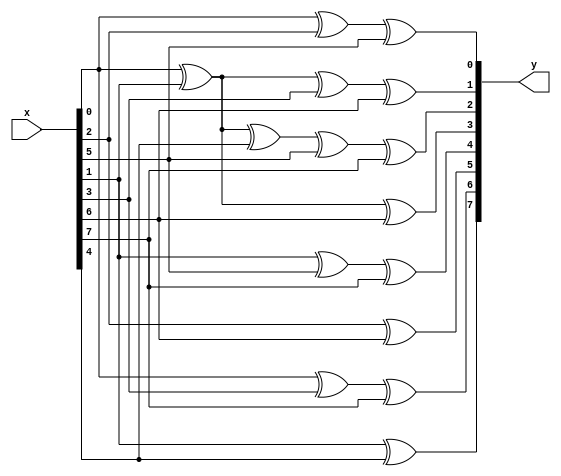
/*****************************************************/
// name    :rscode.v
// edit by : luk
// function:GF
// 
//  
//
//
/****************************************************/

// g0 = 79
module rs_enc_m0(y,x);
output	[7:0]	y;
input	[7:0]	x;
reg		[7:0]	y;

always@(x)
begin
	y[0] = x[0] ^ x[2] ^ x[5];
	y[1] = x[0] ^ x[1] ^ x[3] ^ x[6];
	y[2] = x[0] ^ x[1] ^ x[4] ^ x[5] ^ x[7];
	y[3] = x[0] ^ x[1] ^ x[6];
	y[4] = x[1] ^ x[5] ^ x[7];
	y[5] = x[2] ^ x[6];
	y[6] = x[0] ^ x[3] ^ x[7];
	y[7] = x[1] ^ x[4];
end
endmodule


//g1 = 44
module rs_enc_m1(y,x);
output	[7:0]	y;
input	[7:0]	x;
reg		[7:0]	y;

always@(x)
begin
   y[0] = x[3] ^ x[5] ^ x[6] ^ x[7];
   y[1] = x[4] ^ x[6] ^ x[7];
   y[2] = x[0] ^ x[3] ^ x[6];
   y[3] = x[0] ^ x[1] ^ x[3] ^ x[4] ^ x[5] ^ x[6];
   y[4] = x[1] ^ x[2] ^ x[3] ^ x[4];
   y[5] = x[0] ^ x[2] ^ x[3] ^ x[4] ^ x[5];
   y[6] = x[1] ^ x[3] ^ x[4] ^ x[5] ^ x[6];
   y[7] = x[2] ^ x[4] ^ x[5] ^ x[6] ^ x[7];
/*	y[0] = x[3] ^ x[5] ^ x[6] ^ x[7];
	y[1] = x[4] ^ x[7] ^ x[6];
	y[2] = x[0] ^ x[3] ^ x[6];// ^ x[5] ^ x[7];
	y[3] = x[0] ^ x[1] ^ x[3] ^ x[4] ^ x[5] ^ x[6];
	y[4] = x[1] ^ x[5] ^ x[7];
	y[5] = x[2] ^ x[6];
	y[6] = x[0] ^ x[3] ^ x[7];
	y[7] = x[1] ^ x[4];    */
end
endmodule


// g2 = 81
module rs_enc_m2(y,x);
output	[7:0]	y;
input	[7:0]	x;
reg		[7:0]	y;

always@(x)
begin
   y[0] = x[0] ^ x[2] ^ x[4] ^ x[6] ^ x[7];
   y[1] = x[1] ^ x[3] ^ x[5] ^ x[7];
   y[2] = x[7];
   y[3] = x[2] ^ x[4] ^ x[6] ^ x[7];
   y[4] = x[0] ^ x[2] ^ x[3] ^ x[4] ^ x[5] ^ x[6];
   y[5] = x[1] ^ x[3] ^ x[4] ^ x[5] ^ x[6] ^ x[7];
   y[6] = x[0] ^ x[2] ^ x[4] ^ x[5] ^ x[6] ^ x[7];
   y[7] = x[1] ^ x[3] ^ x[5] ^ x[6] ^ x[7];
end
endmodule


// g3 = 100 
module rs_enc_m3(y,x);
output	[7:0]	y;
input	[7:0]	x;
reg		[7:0]	y;

always@(x)
begin
   y[0] = x[2] ^ x[3];
   y[1] = x[3] ^ x[4];
   y[2] = x[0] ^ x[2] ^ x[3] ^ x[4] ^ x[5];
   y[3] = x[1] ^ x[2] ^ x[4] ^ x[5] ^ x[6];
   y[4] = x[5] ^ x[6] ^ x[7];
   y[5] = x[0] ^ x[6] ^ x[7];
   y[6] = x[0] ^ x[1] ^ x[7];
   y[7] = x[1] ^ x[2];
end
endmodule


// g4 = 49
module rs_enc_m4(y,x);
output	[7:0]	y;
input	[7:0]	x;
reg		[7:0]	y;

always@(x)
begin
   y[0] = x[0] ^ x[3] ^ x[4] ^ x[7];
   y[1] = x[1] ^ x[4] ^ x[5];
   y[2] = x[2] ^ x[3] ^ x[4] ^ x[5] ^ x[6] ^ x[7];
   y[3] = x[5] ^ x[6];
   y[4] = x[0] ^ x[3] ^ x[4] ^ x[6];
   y[5] = x[0] ^ x[1] ^ x[4] ^ x[5] ^ x[7];
   y[6] = x[1] ^ x[2] ^ x[5] ^ x[6];
   y[7] = x[2] ^ x[3] ^ x[6] ^ x[7];
end
endmodule


// g5 = 183
module rs_enc_m5(y,x);
output	[7:0]	y;
input	[7:0]	x;
reg		[7:0]	y;

always@(x)
begin
   y[0] = x[0] ^ x[1] ^ x[3] ^ x[4] ^ x[5] ^ x[7];
   y[1] = x[0] ^ x[1] ^ x[2] ^ x[4] ^ x[5] ^ x[6];
   y[2] = x[0] ^ x[2] ^ x[4] ^ x[6];
   y[3] = x[4];
   y[4] = x[0] ^ x[1] ^ x[3] ^ x[4] ^ x[7];
   y[5] = x[0] ^ x[1] ^ x[2] ^ x[4] ^ x[5];
   y[6] = x[1] ^ x[2] ^ x[3] ^ x[5] ^ x[6];
   y[7] = x[0] ^ x[2] ^ x[3] ^ x[4] ^ x[6] ^ x[7];
end
endmodule


// g6 = 56
module rs_enc_m6(y,x);
output	[7:0]	y;
input	[7:0]	x;
reg		[7:0]	y;

always@(x)
begin
   y[0] = x[3] ^ x[4] ^ x[5] ^ x[7];
   y[1] = x[4] ^ x[5] ^ x[6];
   y[2] = x[3] ^ x[4] ^ x[6];
   y[3] = x[0] ^ x[3];
   y[4] = x[0] ^ x[1] ^ x[3] ^ x[5] ^ x[7];
   y[5] = x[0] ^ x[1] ^ x[2] ^ x[4] ^ x[6];
   y[6] = x[1] ^ x[2] ^ x[3] ^ x[5] ^ x[7];
   y[7] = x[2] ^ x[3] ^ x[4] ^ x[6];

end
endmodule

// g7 = 17
module rs_enc_m7(y,x);
output	[7:0]	y;
input	[7:0]	x;
reg		[7:0]	y;

always@(x)
begin
   y[0] = x[0] ^ x[4];
   y[1] = x[1] ^ x[5];
   y[2] = x[2] ^ x[4] ^ x[6];
   y[3] = x[3] ^ x[4] ^ x[5] ^ x[7];
   y[4] = x[0] ^ x[5] ^ x[6];
   y[5] = x[1] ^ x[6] ^ x[7];
   y[6] = x[2] ^ x[7];
   y[7] = x[3];
end
endmodule


// g8 = 232
module rs_enc_m8(y,x);
output	[7:0]	y;
input	[7:0]	x;
reg		[7:0]	y;

always@(x)
begin
   y[0] = x[1] ^ x[2] ^ x[3] ^ x[7];
   y[1] = x[2] ^ x[3] ^ x[4];
   y[2] = x[1] ^ x[2] ^ x[4] ^ x[5] ^ x[7];
   y[3] = x[0] ^ x[1] ^ x[5] ^ x[6] ^ x[7];
   y[4] = x[3] ^ x[6];
   y[5] = x[0] ^ x[4] ^ x[7];
   y[6] = x[0] ^ x[1] ^ x[5];
   y[7] = x[0] ^ x[1] ^ x[2] ^ x[6];
end
endmodule


// g9 = 187
module rs_enc_m9(y,x);
output	[7:0]	y;
input	[7:0]	x;
reg		[7:0]	y;

always@(x)
begin
   y[0] = x[0] ^ x[1] ^ x[3] ^ x[4] ^ x[6] ^ x[7];
   y[1] = x[0] ^ x[1] ^ x[2] ^ x[4] ^ x[5] ^ x[7];
   y[2] = x[2] ^ x[4] ^ x[5] ^ x[7];
   y[3] = x[0] ^ x[1] ^ x[4] ^ x[5] ^ x[7];
   y[4] = x[0] ^ x[2] ^ x[3] ^ x[4] ^ x[5] ^ x[7];
   y[5] = x[0] ^ x[1] ^ x[3] ^ x[4] ^ x[5] ^ x[6];
   y[6] = x[1] ^ x[2] ^ x[4] ^ x[5] ^ x[6] ^ x[7];
   y[7] = x[0] ^ x[2] ^ x[3] ^ x[5] ^ x[6] ^ x[7];
end
endmodule


// g10 = 126 
module rs_enc_m10(y,x);
output	[7:0]	y;
input	[7:0]	x;
reg		[7:0]	y;

always@(x)
begin
   y[0] = x[2] ^ x[3] ^ x[4] ^ x[5] ^ x[7];
   y[1] = x[0] ^ x[3] ^ x[4] ^ x[5] ^ x[6];
   y[2] = x[0] ^ x[1] ^ x[2] ^ x[3] ^ x[6];
   y[3] = x[0] ^ x[1] ^ x[5];
   y[4] = x[0] ^ x[1] ^ x[3] ^ x[4] ^ x[5] ^ x[6] ^ x[7];
   y[5] = x[0] ^ x[1] ^ x[2] ^ x[4] ^ x[5] ^ x[6] ^ x[7];
   y[6] = x[0] ^ x[1] ^ x[2] ^ x[3] ^ x[5] ^ x[6] ^ x[7];
   y[7] = x[1] ^ x[2] ^ x[3] ^ x[4] ^ x[6] ^ x[7];
end
endmodule


// g11 = 104
module rs_enc_m11(y,x);
output	[7:0]	y;
input	[7:0]	x;
reg		[7:0]	y;

always@(x)
begin
   y[0] = x[2] ^ x[3] ^ x[5] ^ x[6];
   y[1] = x[3] ^ x[4] ^ x[6] ^ x[7];
   y[2] = x[2] ^ x[3] ^ x[4] ^ x[6] ^ x[7];
   y[3] = x[0] ^ x[2] ^ x[4] ^ x[6] ^ x[7];
   y[4] = x[1] ^ x[2] ^ x[6] ^ x[7];
   y[5] = x[0] ^ x[2] ^ x[3] ^ x[7];
   y[6] = x[0] ^ x[1] ^ x[3] ^ x[4];
   y[7] = x[1] ^ x[2] ^ x[4] ^ x[5];
end
endmodule


// g12 = 31
module rs_enc_m12(y,x);
output	[7:0]	y;
input	[7:0]	x;
reg		[7:0]	y;

always@(x)
begin
   y[0] = x[0] ^ x[4] ^ x[5] ^ x[6] ^ x[7];
   y[1] = x[0] ^ x[1] ^ x[5] ^ x[6] ^ x[7];
   y[2] = x[0] ^ x[1] ^ x[2] ^ x[4] ^ x[5];
   y[3] = x[0] ^ x[1] ^ x[2] ^ x[3] ^ x[4] ^ x[7];
   y[4] = x[0] ^ x[1] ^ x[2] ^ x[3] ^ x[6] ^ x[7];
   y[5] = x[1] ^ x[2] ^ x[3] ^ x[4] ^ x[7];
   y[6] = x[2] ^ x[3] ^ x[4] ^ x[5];
   y[7] = x[3] ^ x[4] ^ x[5] ^ x[6];
end
endmodule


// g13 = 103
module rs_enc_m13(y,x);
output	[7:0]	y;
input	[7:0]	x;
reg		[7:0]	y;

always@(x)
begin
   y[0] = x[0] ^ x[2] ^ x[3] ^ x[7];
   y[1] = x[0] ^ x[1] ^ x[3] ^ x[4];
   y[2] = x[0] ^ x[1] ^ x[3] ^ x[4] ^ x[5] ^ x[7];
   y[3] = x[1] ^ x[3] ^ x[4] ^ x[5] ^ x[6] ^ x[7];
   y[4] = x[3] ^ x[4] ^ x[5] ^ x[6];
   y[5] = x[0] ^ x[4] ^ x[5] ^ x[6] ^ x[7];
   y[6] = x[0] ^ x[1] ^ x[5] ^ x[6] ^ x[7];
   y[7] = x[1] ^ x[2] ^ x[6] ^ x[7];

end
endmodule


// g14 = 52
module rs_enc_m14(y,x);
output	[7:0]	y;
input	[7:0]	x;
reg		[7:0]	y;

always@(x)
begin
   y[0] = x[3] ^ x[4] ^ x[6] ^ x[7];
   y[1] = x[4] ^ x[5] ^ x[7];
   y[2] = x[0] ^ x[3] ^ x[4] ^ x[5] ^ x[7];
   y[3] = x[1] ^ x[3] ^ x[5] ^ x[7];
   y[4] = x[0] ^ x[2] ^ x[3] ^ x[7];
   y[5] = x[0] ^ x[1] ^ x[3] ^ x[4];
   y[6] = x[1] ^ x[2] ^ x[4] ^ x[5];
   y[7] = x[2] ^ x[3] ^ x[5] ^ x[6];
end
endmodule


// g15 = 118
module rs_enc_m15(y,x);
output	[7:0]	y;
input	[7:0]	x;
reg		[7:0]	y;

always@(x)
begin
   y[0] = x[2] ^ x[3] ^ x[4] ^ x[7];
   y[1] = x[0] ^ x[3] ^ x[4] ^ x[5];
   y[2] = x[0] ^ x[1] ^ x[2] ^ x[3] ^ x[5] ^ x[6] ^ x[7];
   y[3] = x[1] ^ x[6];
   y[4] = x[0] ^ x[3] ^ x[4];
   y[5] = x[0] ^ x[1] ^ x[4] ^ x[5];
   y[6] = x[0] ^ x[1] ^ x[2] ^ x[5] ^ x[6];
   y[7] = x[1] ^ x[2] ^ x[3] ^ x[6] ^ x[7];
end
endmodule


// g16 = 1
/*
module rs_enc_m16(y,x);
output	[7:0]	y;
input	[7:0]	x;
reg		[7:0]	y;

always@(x)
begin
   y[0] = x[0];
   y[1] = x[1];
   y[2] = x[2];
   y[3] = x[3];
   y[4] = x[4];
   y[5] = x[5];
   y[6] = x[6];
   y[7] = x[7];
end
endmodule
*/

// this is the symthesis form of all multipliers above...
// we need to change the wire 
module rs_enc (y, x, enable, data, clk, clrn);
//x8bit
	input [7:0] x;
	input clk, clrn, enable, data;
	output [7:0] y;
	reg [7:0] y;
//
	wire [7:0] scale0;
	wire [7:0] scale1;
	wire [7:0] scale2;
	wire [7:0] scale3;
	wire [7:0] scale4;
	wire [7:0] scale5;
	wire [7:0] scale6;
	wire [7:0] scale7;
	wire [7:0] scale8;
	wire [7:0] scale9;
	wire [7:0] scale10;
	wire [7:0] scale11;
	wire [7:0] scale12;
	wire [7:0] scale13;
	wire [7:0] scale14;
	wire [7:0] scale15;
//	wire [7:0] scale16;

//R
	reg [7:0] mem0;
	reg [7:0] mem1;
	reg [7:0] mem2;
	reg [7:0] mem3;
	reg [7:0] mem4;
	reg [7:0] mem5;
	reg [7:0] mem6;
	reg [7:0] mem7;
	reg [7:0] mem8;
	reg [7:0] mem9;
	reg [7:0] mem10;
	reg [7:0] mem11;
	reg [7:0] mem12;
	reg [7:0] mem13;
	reg [7:0] mem14;
	reg [7:0] mem15;
//	reg [7:0] mem11;
	reg [7:0] feedback;    

	rs_enc_m0 m0 (scale0, feedback);
	rs_enc_m1 m1 (scale1, feedback);
	rs_enc_m2 m2 (scale2, feedback);
	rs_enc_m3 m3 (scale3, feedback);
	rs_enc_m4 m4 (scale4, feedback);
	rs_enc_m5 m5 (scale5, feedback);
	rs_enc_m6 m6 (scale6, feedback);
	rs_enc_m7 m7 (scale7, feedback);
	rs_enc_m8 m8 (scale8, feedback);
	rs_enc_m9 m9 (scale9, feedback);
	rs_enc_m10 m10 (scale10, feedback);
	rs_enc_m11 m11 (scale11, feedback);
	rs_enc_m12 m12 (scale12, feedback);
	rs_enc_m13 m13 (scale13, feedback);
	rs_enc_m14 m14 (scale14, feedback);
	rs_enc_m15 m15 (scale15, feedback);

	always @ (posedge clk or negedge clrn)
	begin
		if (~clrn)
		begin
			mem0 <= 0;
			mem1 <= 0;
			mem2 <= 0;
			mem3 <= 0;
			mem4 <= 0;
			mem5 <= 0;
			mem6 <= 0;
			mem7 <= 0;
			mem8 <= 0;
			mem9 <= 0;
			mem10 <= 0;
			mem11 <= 0;
			mem12 <= 0;
			mem13 <= 0;
			mem14 <= 0;
			mem15 <= 0;
		end
		else if (enable)
      //GF
		begin
			mem15 <= mem14 ^ scale15;
			mem14 <= mem13 ^ scale14;
			mem13 <= mem12 ^ scale13;
			mem12 <= mem11 ^ scale12;
			mem11 <= mem10 ^ scale11;
			mem10 <= mem9 ^ scale10;
			mem9 <= mem8 ^ scale9;
			mem8 <= mem7 ^ scale8;
			mem7 <= mem6 ^ scale7;
			mem6 <= mem5 ^ scale6;
			mem5 <= mem4 ^ scale5;
			mem4 <= mem3 ^ scale4;
			mem3 <= mem2 ^ scale3;
			mem2 <= mem1 ^ scale2;
			mem1 <= mem0 ^ scale1;
			mem0 <= scale0;
		end
	end

   //mux
	always @ (data or x or mem15)
		if (data) feedback = x ^ mem15;
		else feedback = 0;

	always @ (data or x or mem15)
		if (data) y = x;
		else y = mem15;





endmodule